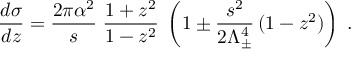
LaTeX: \frac { d \sigma } { d z } = \frac { 2 \pi \alpha ^ { 2 } } { s } \; \frac { 1 + z ^ { 2 } } { 1 - z ^ { 2 } } \; \left( 1 \pm \frac { s ^ { 2 } } { 2 \Lambda _ { \pm } ^ { 4 } } \, ( 1 - z ^ { 2 } ) \right) \; .